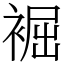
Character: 䘿